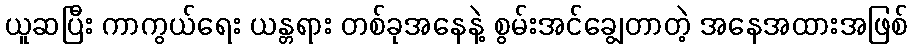
ယူဆပြီး ကာကွယ်ရေး ယန္တရား တစ်ခုအနေနဲ့ စွမ်းအင်ချွေတာတဲ့ အနေအထားအဖြစ်